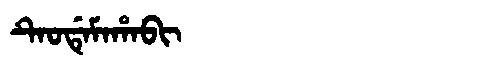
Manchu: ᡨᡝᠣᡩᡝᠮᠠᡥᠠᠪᡳ
Romanization: TEODEMAHABI